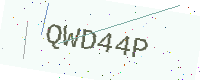
Text: QWD44P